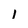
Character: 1